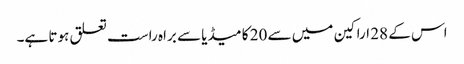
اس کے 28 اراکین میں سے 20 کا میڈیا سے براہ راست تعلق ہوتا ہے۔